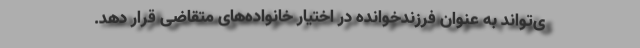
ی‌تواند به عنوان فرزندخوانده در اختیار خانواده‌های متقاضی قرار دهد.